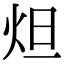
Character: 炟